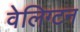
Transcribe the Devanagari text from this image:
वेलिग्टन